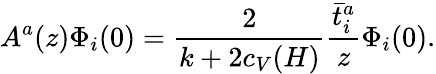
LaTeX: A^{a}(z)\Phi_{i}(0)={\frac{2}{k+2c_{V}(H)}}{\frac{\bar{t}_{i}^{a}}{z}}\Phi_{i}(0).